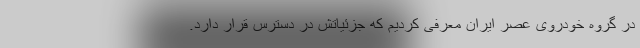
در گروه خودروی عصر ایران معرفی کردیم که جزئیاتش در دسترس قرار دارد.